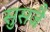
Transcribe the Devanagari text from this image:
सुसजै